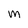
Character: M